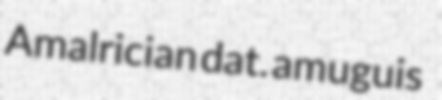
Amalrician dat. amuguis